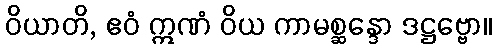
ဝိယာတိ, ဧဝံ ဣဏံ ဝိယ ကာမစ္ဆန္ဒော ဒဋ္ဌဗ္ဗော။